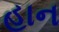
હાન